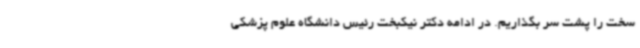
سخت را پشت سر بگذاریم. در ادامه دکتر نیکبخت رئیس دانشگاه علوم پزشکی